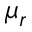
\mu _ { r }